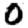
Digit: 0